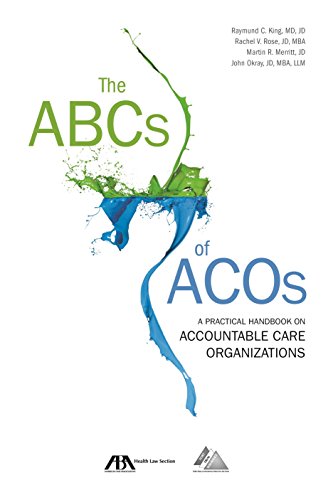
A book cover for The ABCs of ACOs: A Practical Handbook on Accountable Care Organizations; Raymund C. King; Law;